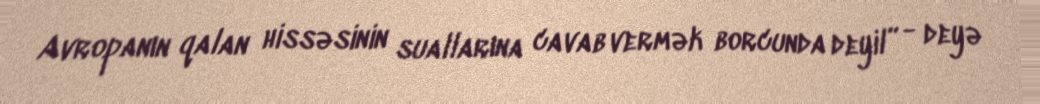
Avropanın qalan hissəsinin suallarına cavab vermək borcunda deyil” - deyə